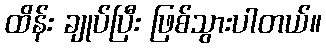
ထိန်း ချုပ်ပြီး ဖြစ်သွားပါတယ်။